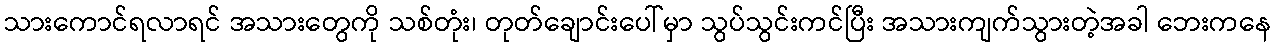
သားကောင်ရလာရင် အသားတွေကို သစ်တုံး၊ တုတ်ချောင်းပေါ်မှာ သွပ်သွင်းကင်ပြီး အသားကျက်သွားတဲ့အခါ ဘေးကနေ